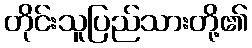
တိုင်းသူပြည်သားတို့၏